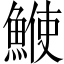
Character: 𩸲